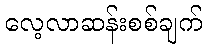
လေ့လာဆန်းစစ်ချက်